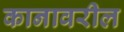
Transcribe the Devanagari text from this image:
कानावरील